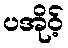
ပအိုဝ့်